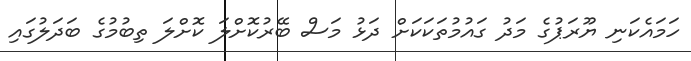
ހަމައެކަނި ޔޫރަޕުގެ މަދު ގައުމުތަކަކަށް ދަޅު މަސް ބޭރުކޮށްލަ ކޮށްލަ ތިބުމުގެ ބަދަލުގައި